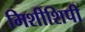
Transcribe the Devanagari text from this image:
मिशीशिपी